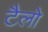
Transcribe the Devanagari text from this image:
टैलो